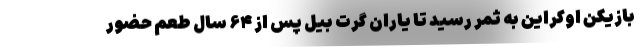
بازیکن اوکراین به ثمر رسید تا یاران گرت بیل پس از ۶۴ سال طعم حضور